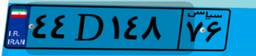
۳۸D۴۴۳۲۶